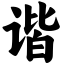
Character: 谐